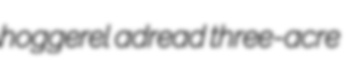
hoggerel adread three-acre